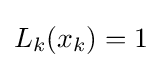
L_{k}(x_{k})=1